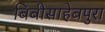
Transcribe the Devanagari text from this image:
बिबीसाहेबपुरा